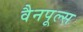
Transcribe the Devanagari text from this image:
वैनपूल्स